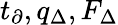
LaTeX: t_{\partial},q_{\Delta},F_{\Delta}